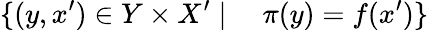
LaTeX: \{ (y,x^{\prime})\in Y\times X^{\prime}\mid\quad\pi(y)=f(x^{\prime})\}